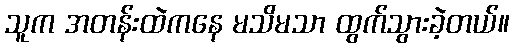
သူက အတန်းထဲကနေ မသိမသာ ထွက်သွားခဲ့တယ်။